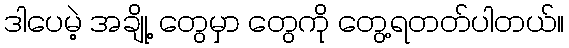
ဒါပေမဲ့ အချို့ တွေမှာ တွေကို တွေ့ရတတ်ပါတယ်။